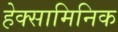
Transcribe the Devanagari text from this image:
हेक्सामिनिक